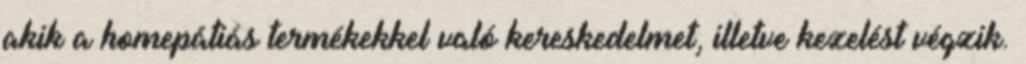
akik a homepátiás termékekkel való kereskedelmet, illetve kezelést végzik.